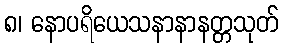
၈၊ နောပရိယေသနာနာနတ္တသုတ်